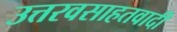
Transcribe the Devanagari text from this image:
उत्तरवसाहतवादी